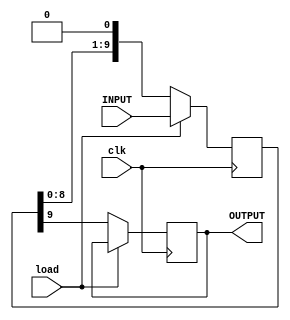
module vsdserializer_v1(clk, load, INPUT, OUTPUT);
input clk, load;
input [9:0] INPUT;
output reg OUTPUT;
reg [9:0] tmp;
always @(posedge clk)
begin
  if(load)
  tmp<=INPUT;
  else
  begin
  OUTPUT <= tmp[9];
  tmp <= {tmp[8:0],1'b0};
  end
end
endmodule